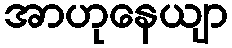
အာဟုနေယျာ